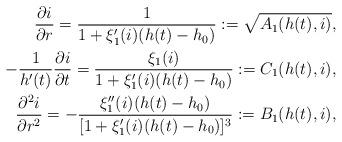
LaTeX: \begin{align*}\dfrac{\partial i}{\partial r} = \dfrac{1}{1+\xi_1'(i) (h(t)-h_0)}:=\sqrt{A_1(h(t),i)},\\-\dfrac{1}{h'(t)}\dfrac{\partial i}{\partial t} = \dfrac{\xi_1(i)}{1+\xi_1'(i) (h(t)-h_0)}:=C_1(h(t),i),\\\dfrac{\partial^2 i}{\partial r^2} = -\dfrac{\xi_1''(i)(h(t)-h_0)}{[1+\xi_1'(i) (h(t)-h_0)]^3}:=B_1(h(t),i), \end{align*}